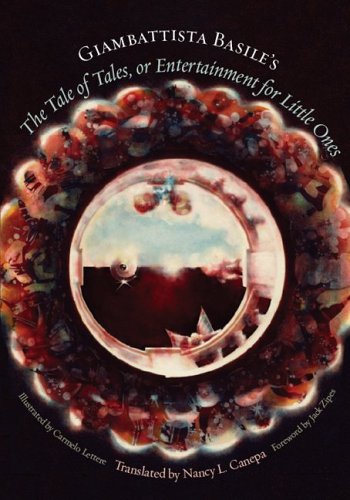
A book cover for Giambattista Basile's The Tale of Tales, or Entertainment for Little Ones (Series in Fairy-Tale Studies); Giambattista Basile; Literature & Fiction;